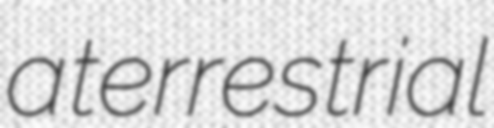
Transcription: a terrestrial